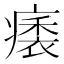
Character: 㿆